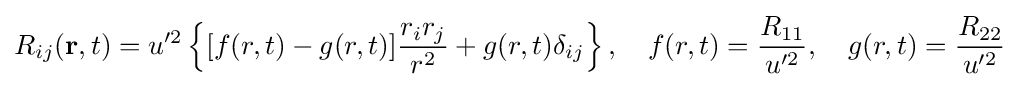
R_{ij}(\mathbf {r} ,t)=u'^{2}\left\{[f(r,t)-g(r,t)]{\frac {r_{i}r_{j}}{r^{2}}}+g(r,t)\delta _{ij}\right\},\quad f(r,t)={\frac {R_{11}}{u'^{2}}},\quad g(r,t)={\frac {R_{22}}{u'^{2}}}